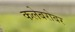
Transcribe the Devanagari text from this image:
कलेबरोबर